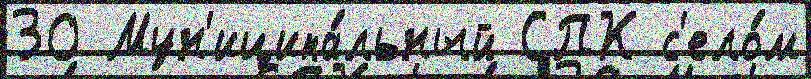
30 Мун'иципа́льный СПК с'ело́м